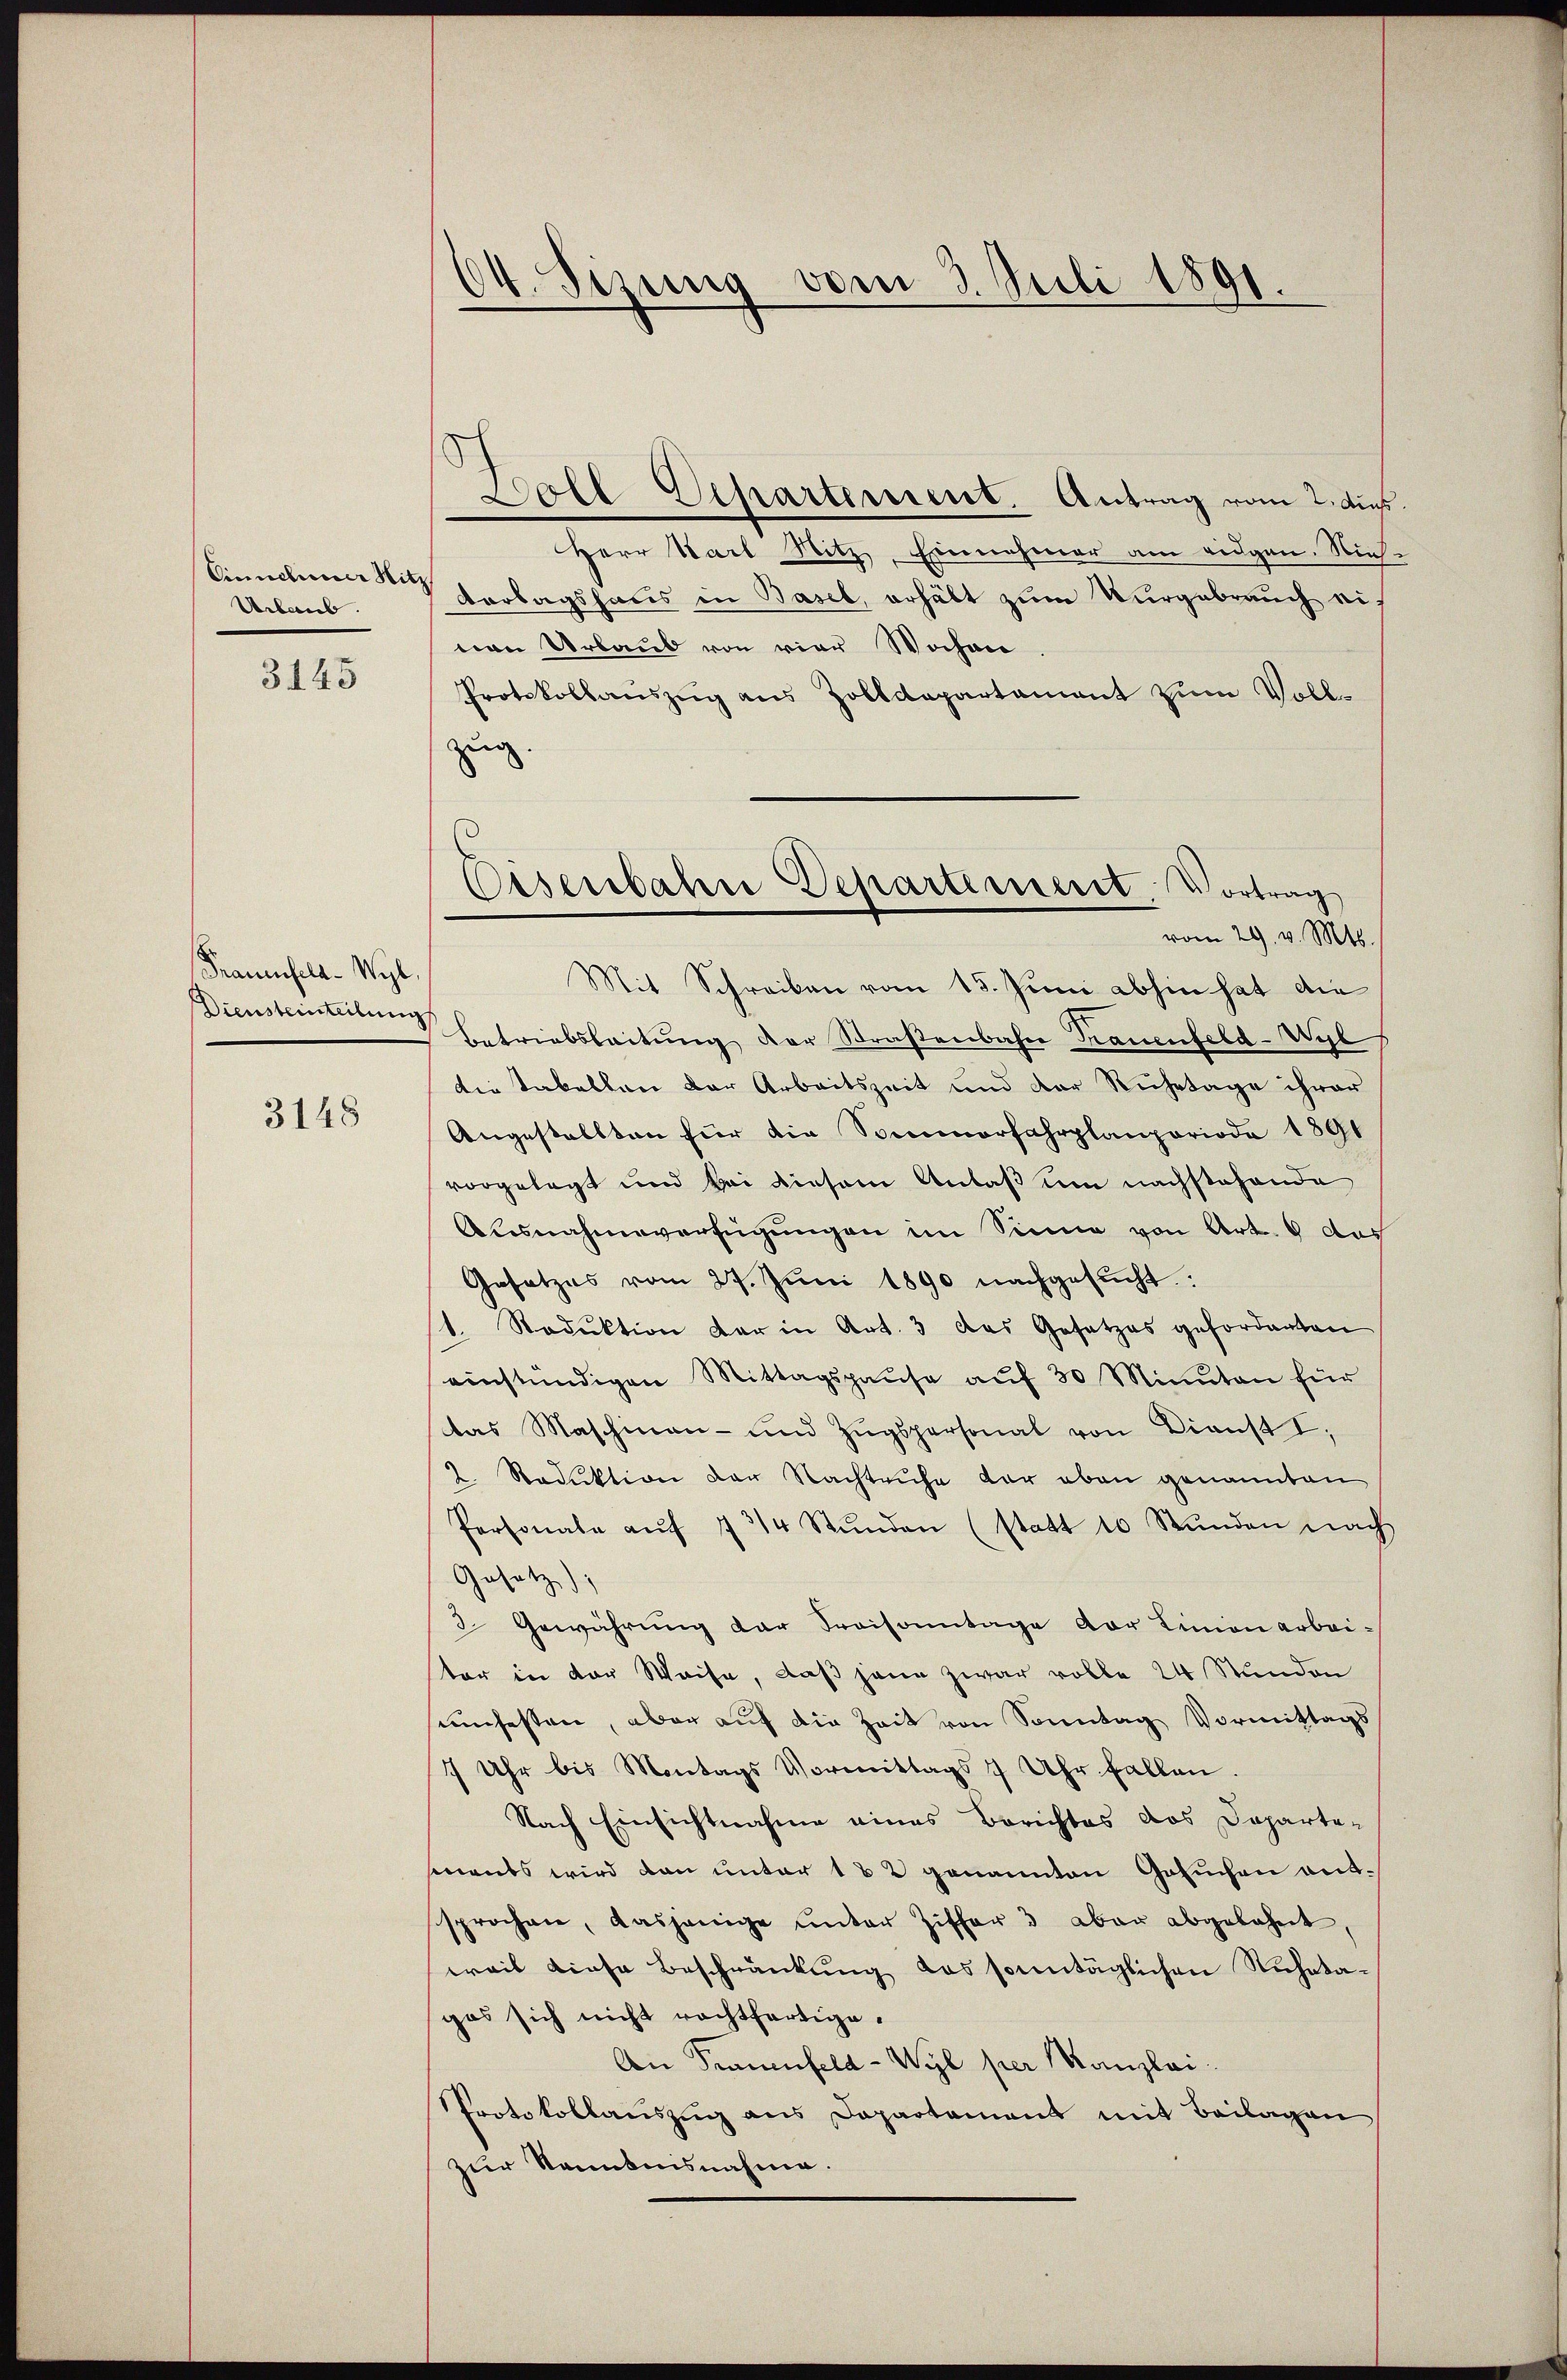
Cinnehmer Nitz
Urlaub.

3145

Frauenfeld-Wyl
Diensteinteilung

3148

A. Sizung vom 3. Juli 1891.

Doll Eepartement. Antrag vom 2. ds.
Herr Wart Nitz, Einnahmer am eidgen. Nich
Vorlagshaus in Basel, erhält zum Vergebrauch einen Urlaub von vier Wochen
Protokollauszug aus Zolldepartament zum Vollzug

Cisenbahre Departement. Vortrag
vom 29. v. Mts.

Mit Schreiben vom 15. Juni abhin hat die
Betriebsleitŭng der Straßenbahn Trauenfeld-Wyl
die Tabellen der Arbeitszeit und der Ruhetage ihrer
Angestellten für die Sommerfahrplanperiode 1891
vorgelegt und bei diesem Anlaß um nachstehende
Ausnahmeverfügungen im Sinne von Art. 6 des
Gesetzes vom 27. Jŭni 1890 nachgesŭcht.
1. Reduktion der in Art. 3 das Gesetzes gefordenten
einstündigen Mittagspause aŭf 30 Minuten für
das Maschinen- und Zŭgspersonal von Dienst I
2. Reduktion der Nachtruhe der eben genannten
Personale aŭf 7 3/4 Stŭnden (statt 10 Stŭnden nach
Gesetz)
2 Gewährung der Praisonntage vor Linien arbeiter in der Weise, daß jene zwar volle 24 Stunden
sumfesten, aber auf die Zeit von Sonntag Vormittags
7 Uhr bis Montags Vormittags 7 Uhr fallen.
Nach Einsichtnahme eines Berichtes das Departe-
sments wird dann unter 182 genannten Gesuchen antsprochen, dasjenige ŭnter Ziffer 3 aber abgelehnt,
weil diese Beschränkung das sonntäglichen Ruheta-
gas sich nicht rechtfertige.
An Frauenfeld-Wyl per Kanzlei.
Protokollaŭszŭg ans Departement mit Beilagen
zur Kenntnisnahme.